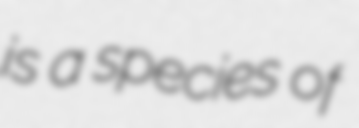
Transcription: is a species of